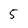
Character: 5